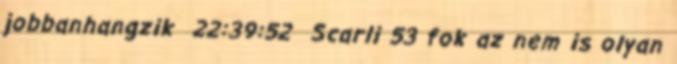
jobbanhangzik 22:39:52 Scarli 53 fok az nem is olyan